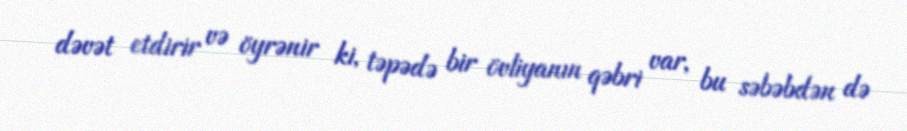
dəvət etdirir və öyrənir ki, təpədə bir övliyanın qəbri var, bu səbəbdən də